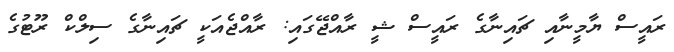
ރައީސް ޔާމީނާއި ޗައިނާގެ ރައީސް ޝީ ރާއްޖޭގައި: ރާއްޖެއަކީ ޗައިނާގެ ސިލްކް ރޫޓުގެ